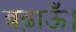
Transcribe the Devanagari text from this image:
बढ़ाऊँ।